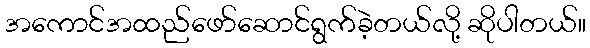
အကောင်အထည်ဖော်ဆောင်ရွက်ခဲ့တယ်လို့ ဆိုပါတယ်။